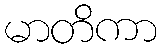
မာတိကာ